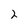
Character: 2